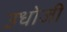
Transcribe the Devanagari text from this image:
उधोजी